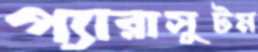
প্যারাসুটম